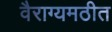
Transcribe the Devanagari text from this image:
वैराग्यमठीत